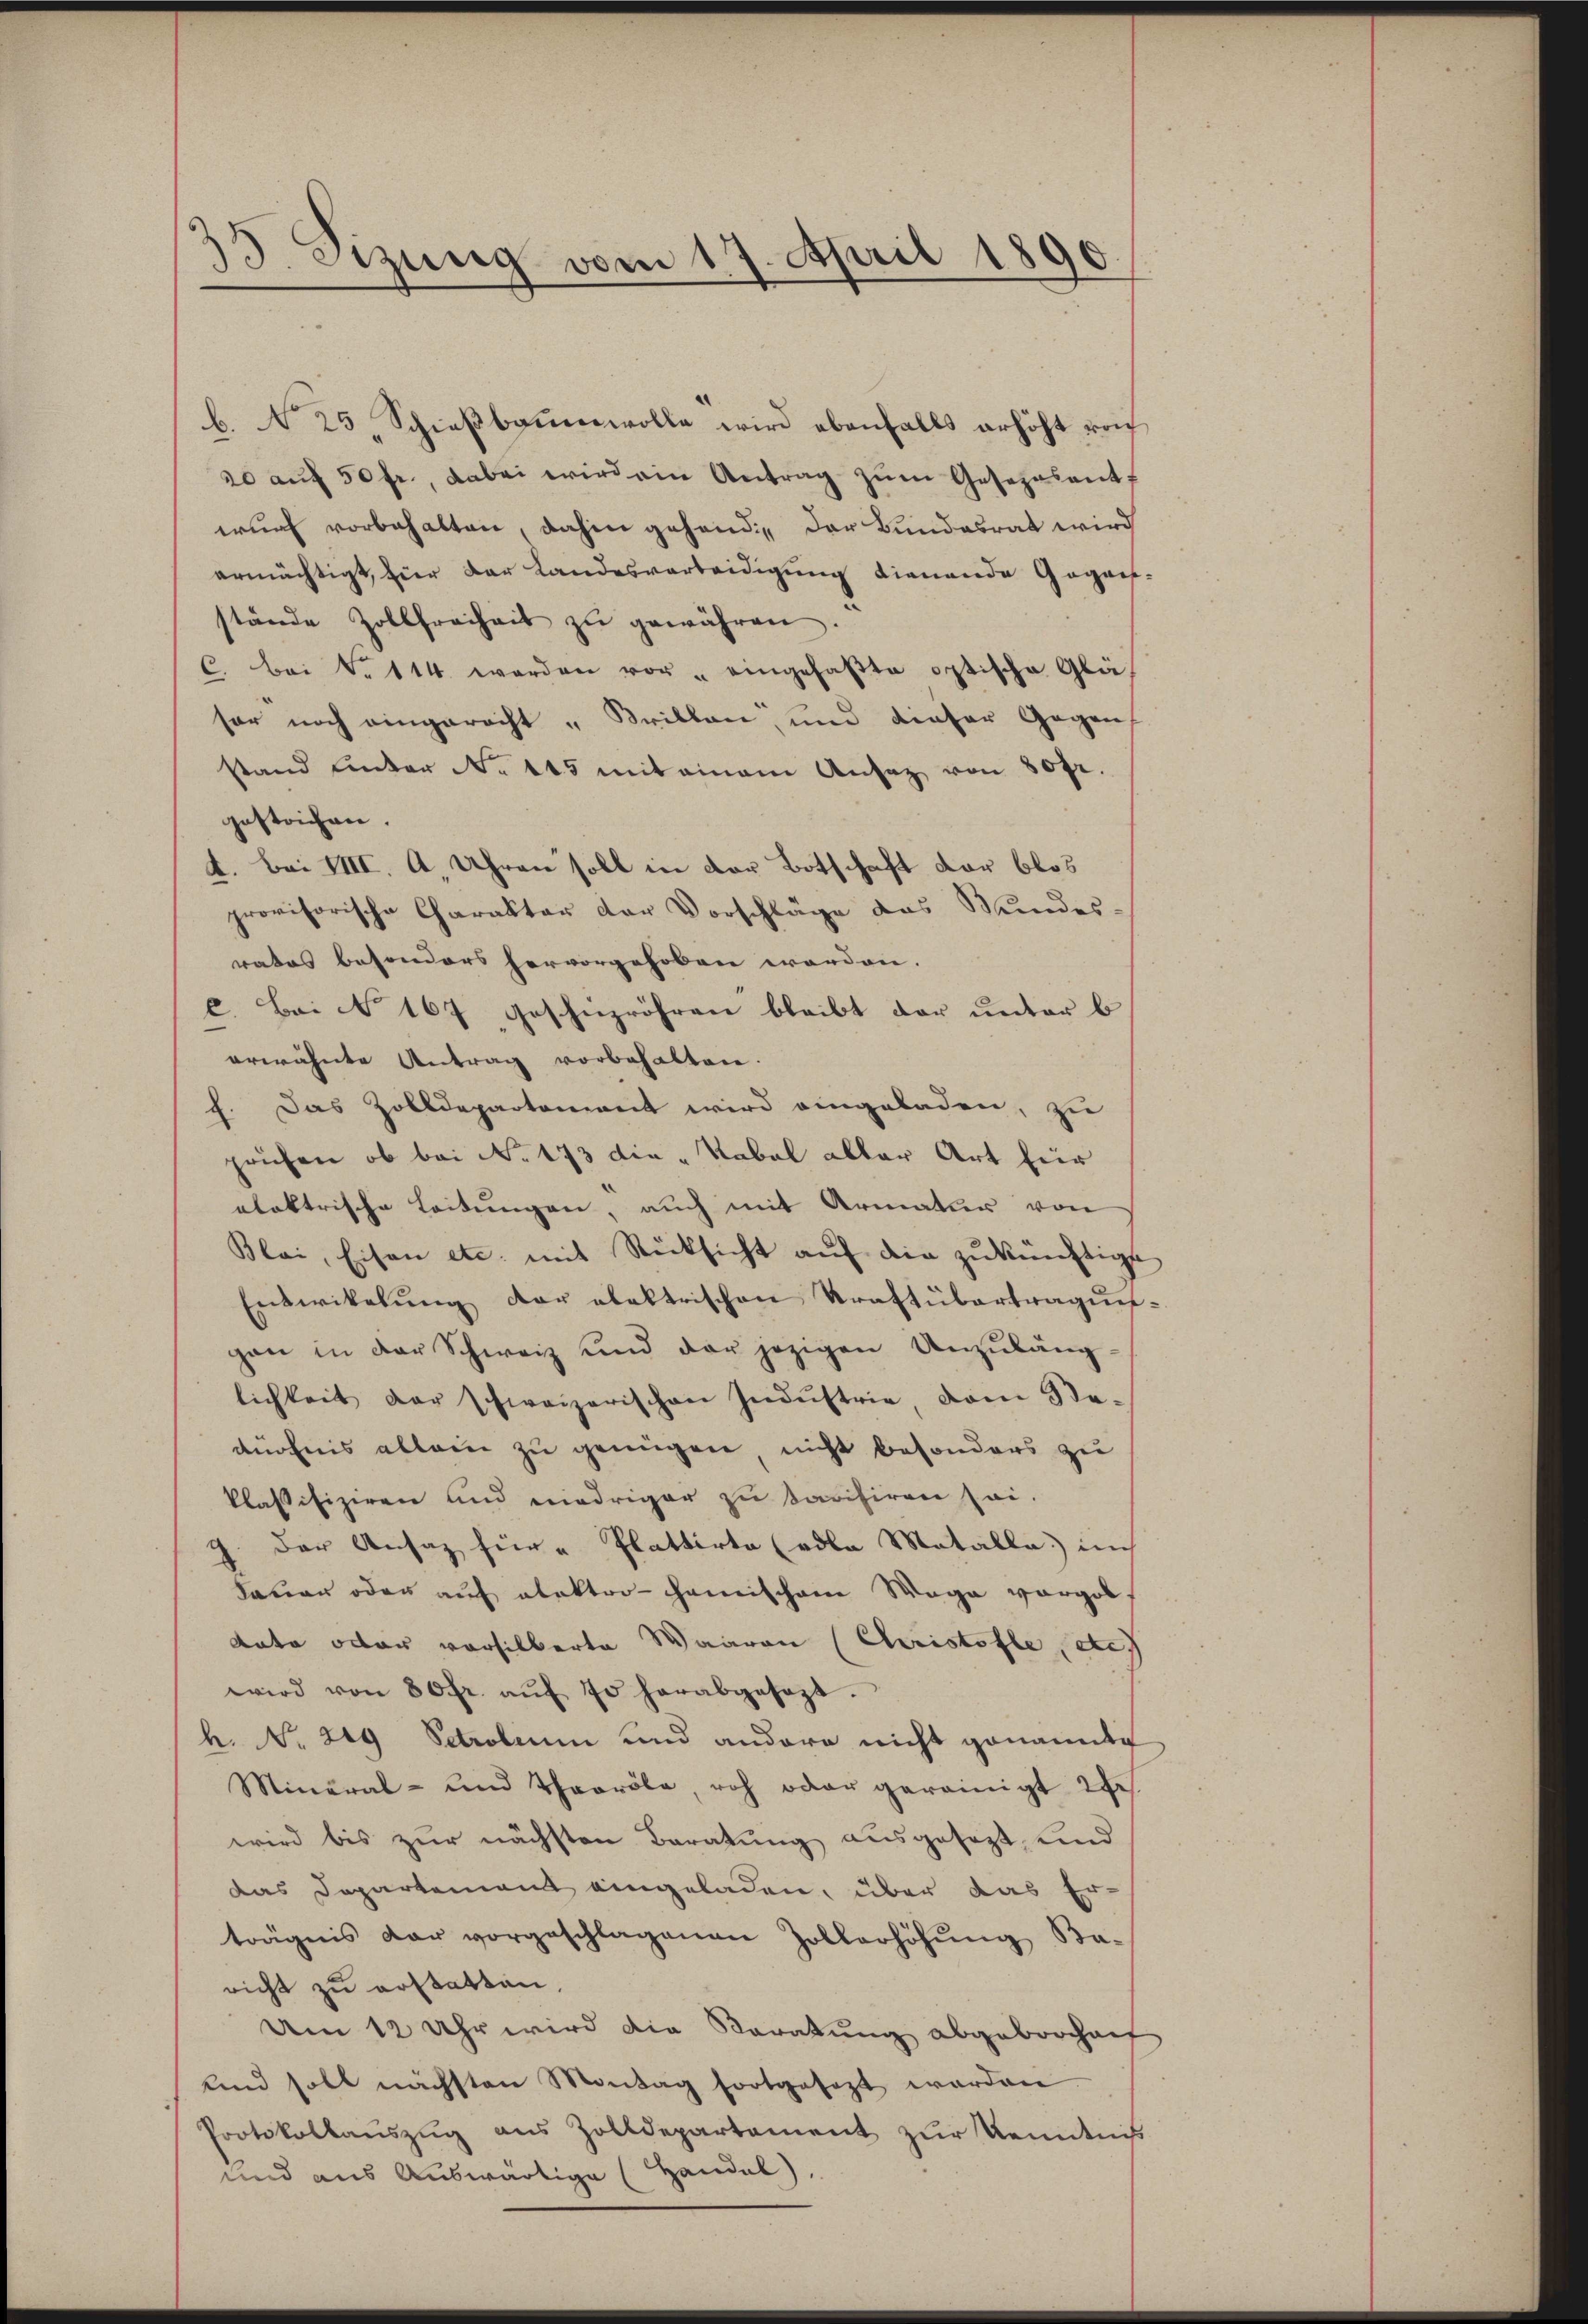
33. Sizung vom 17. April 1890.

b. 25, Schießbauenwolle wird ebenfalls erhöht von
20 aŭf 50 fr., dabei wird ein Antrag zŭm Gesezesant,
wurf vorbehalten, dahin gehand der Bundesrat wird
ermächtigt, hier der Landesverleidigung dienende Gegens-
stände Zollfreiheit zŭ gewähren.
C. Bei Fr. 114 werden vor eingefaβte optische Glä
sor noch eingerecht "Brillen, und dieser Gegen
stand unter No 145 mit einem Ansatz von 50 fr.
gestrichen.
d. bei VIII. A. Uhren soll in der Botschaft der blos
provisorische Charakter der Vorschläge das Bundes-
rates besonders hervorgehoben worden.
c. Bei No 167 geschüzröhren bleibt der unter b
erwähnte Antrag vorbehalten.
f. Das Zolldepartement wird eingeladen, zu
prüfen, ob bei No 173 die Rabel aller Art für
elektrische Leitungen, auch mit Armatur von
Blai, Eisen etc. mit Rücksicht aŭf die zŭkünftigt
Entwikelŭng der elektrischen Kraftübertragŭn-
gen in der Schweiz und der jezigen Unzuläng-
lichkeit der schweizerischen Indŭstrie vom Ste-
dürfnis allein zu genügen, nicht besonders zu
klassifiziren und niedriger zu savisiren sei.
der Ansaz für " Plattirte (odle Metalla im
kauer oder auf alektro-chanischem Wege vorgob,
Aate oder versilberte Waaren (Christofle, etc.
wird von 80 fr. aŭf 70 herabgesezt.
h. No. 219 Sctrolini und andere nicht genannte
Mineral- und Thearöbe, roh oder gereinigt 2fr.
wird bis zur nächsten Beratung ausgesezt, und
das Departement eingeladen, über das Er-
trägnis dar vorgeschlagenen Zollerhöhŭng Ba-
richt zu erstatten,
Um 12 Uhr wird die Voratung abgebrochent
Und soll nächsten Montag fortgesezt worden
Protokollaŭszŭg aŭs Zolldepartement zŭr Kenntniβ
und aus Auswärtige (Handel),